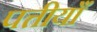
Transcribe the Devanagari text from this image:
पत्तीयाँ